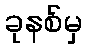
ခုနစ်မှ